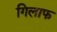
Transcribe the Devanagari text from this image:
गिलाफ